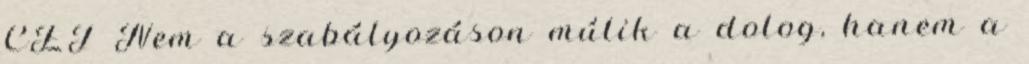
CET Nem a szabályozáson múlik a dolog, hanem a